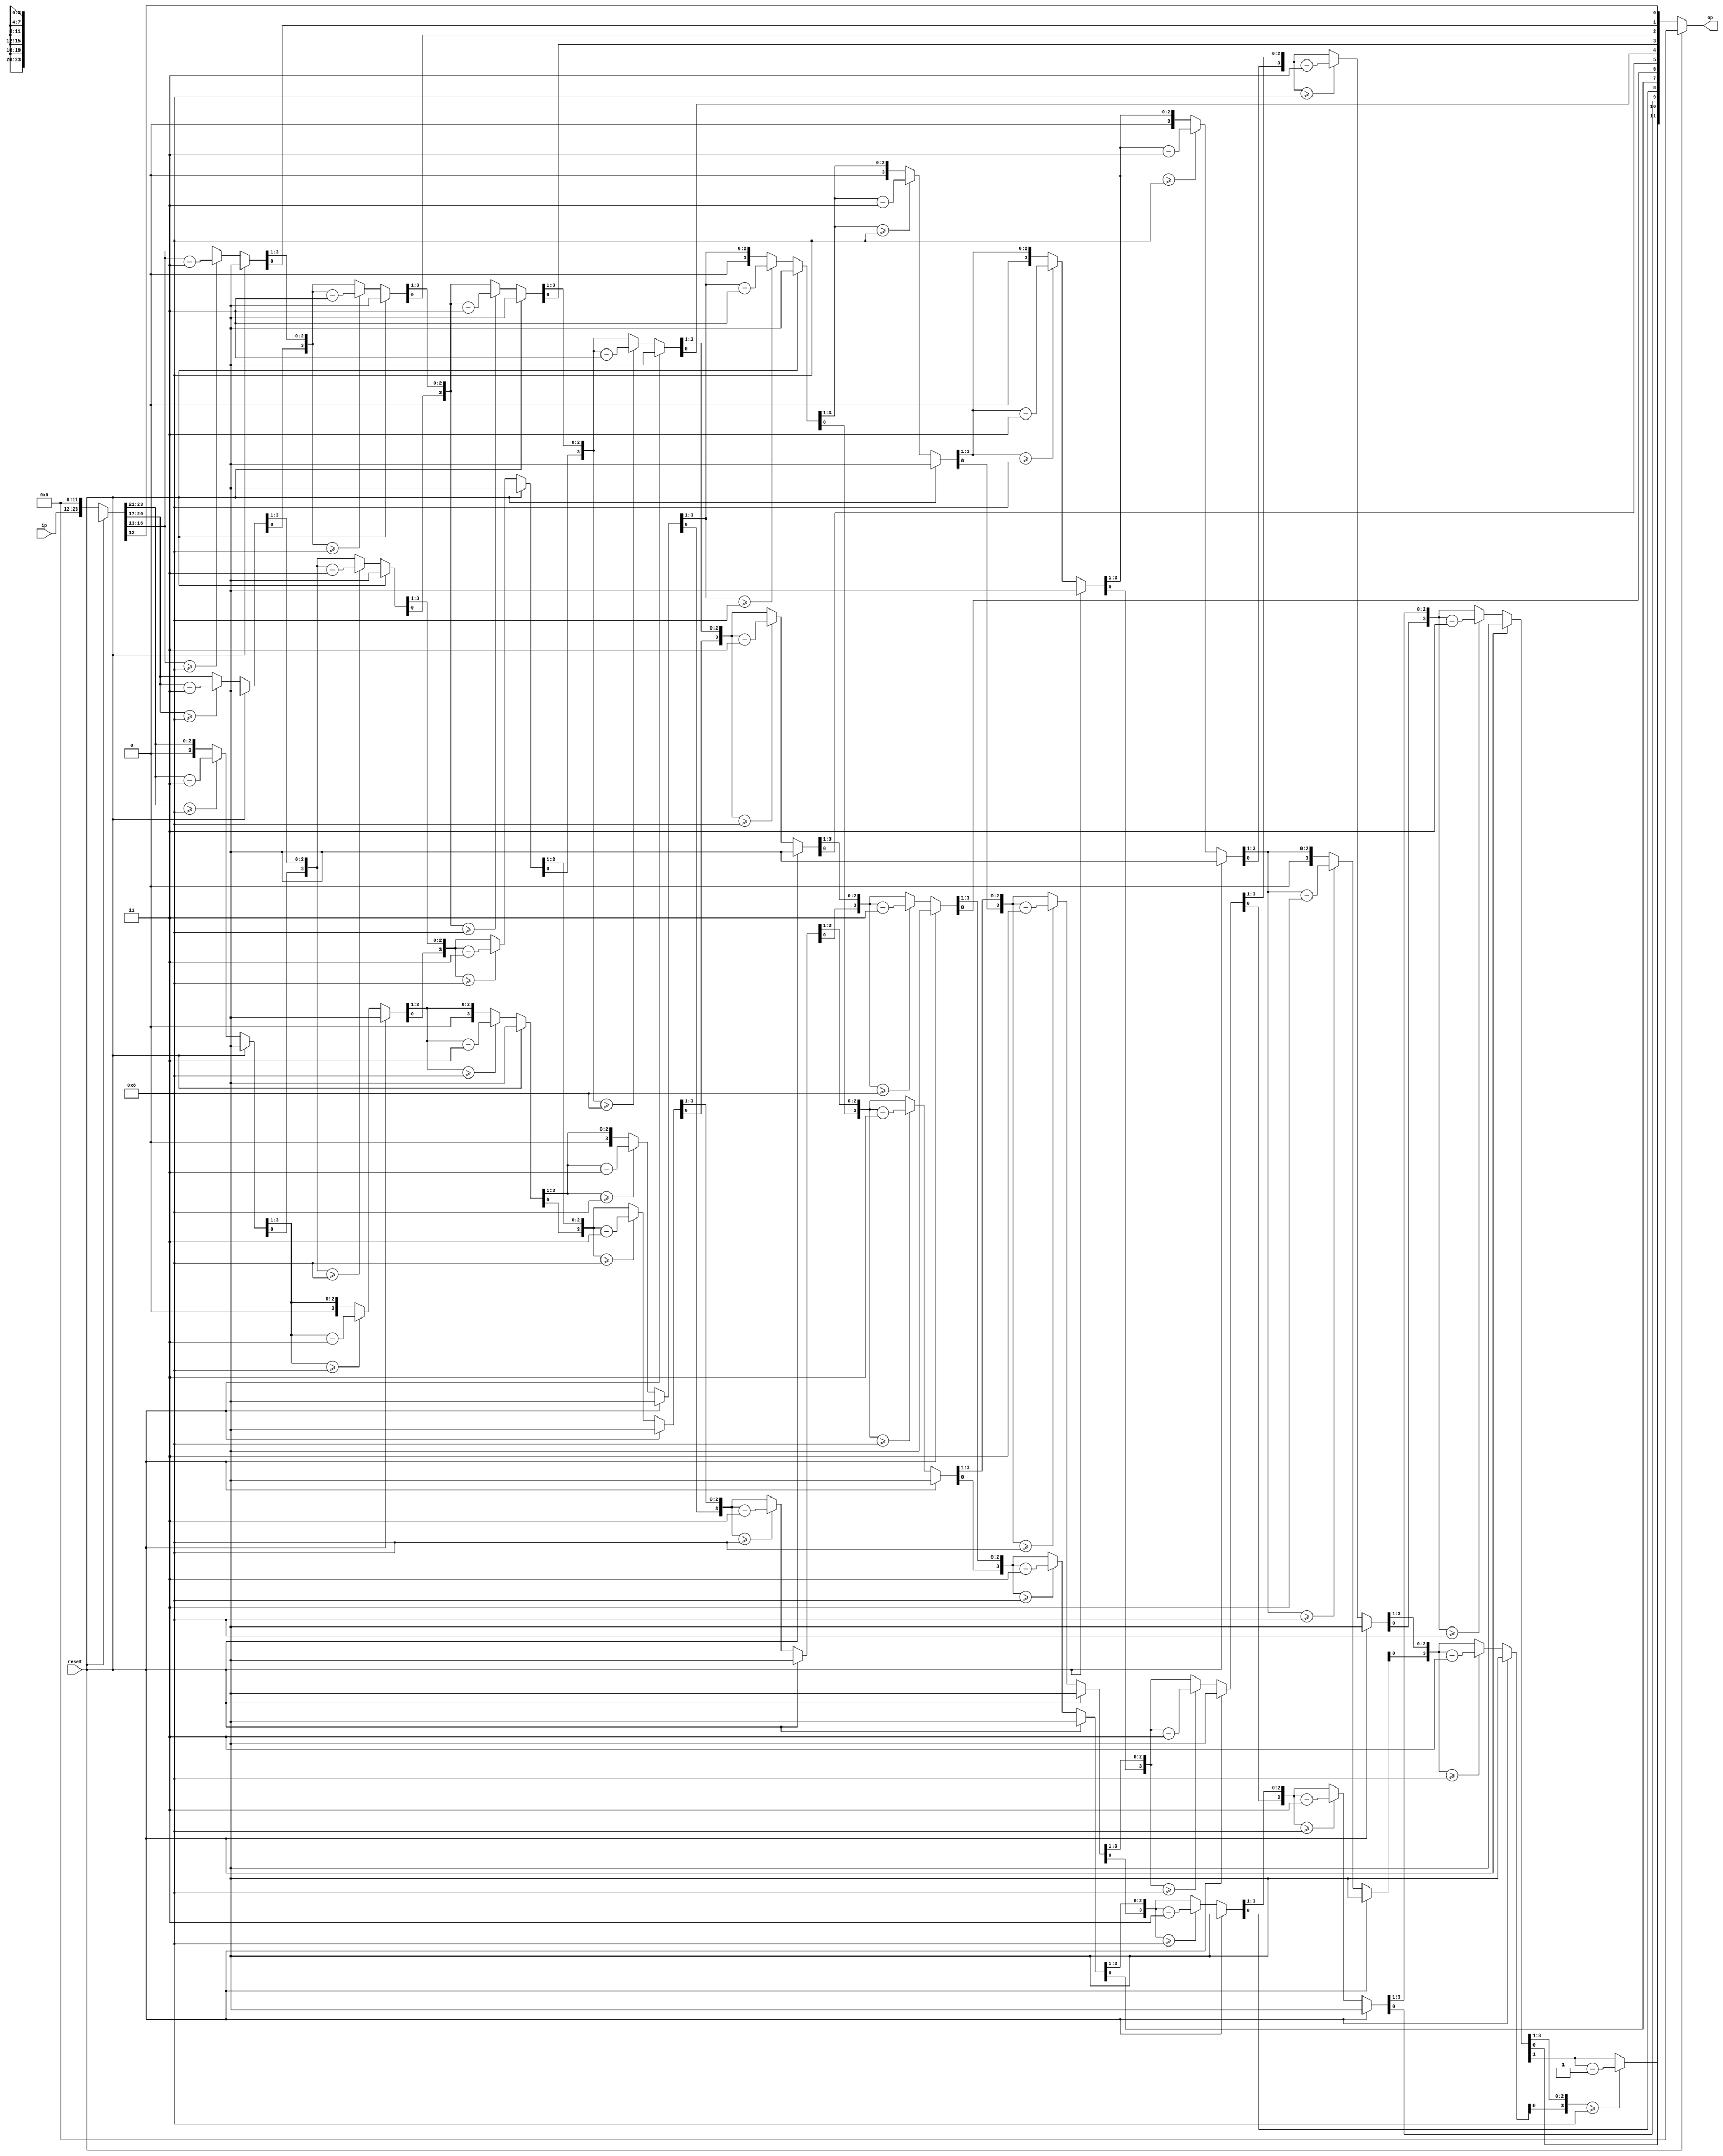
module BCD_to_HEX(reset,ip,op);

input reset;
input [11:0] ip;
output [11:0] op;

reg [23:0] temp = 24'b0;
reg[3:0] count = 3'b0;
assign op = temp[11:0];

always @ (ip)
begin
if(reset == 1'b1)
	begin
		count = 4'b0;
		temp = 24'b0;
	end
else
	begin
		if(count == 4'b0)
			temp[23:0] = {ip[11:0],12'b0};

		for(count = 4'b0; count<4'd11; count= count+1'b1)
		begin
			temp = temp >> 1;
			if(temp[23:20] >= 4'b1000 )
				temp[23:20] = temp[23:20] - 4'b0011;
			if(temp[19:16] >= 4'b1000 )
				temp[19:16] = temp[19:16] - 4'b0011;
			if(temp[15:12] >= 4'b1000 )
				temp[15:12] = temp[15:12] - 4'b0011;
		end
		
		if(count == 4'b1011)
			begin
				temp = temp>>1;
				count = 4'b0;
			end
		else ;
	end
end
endmodule